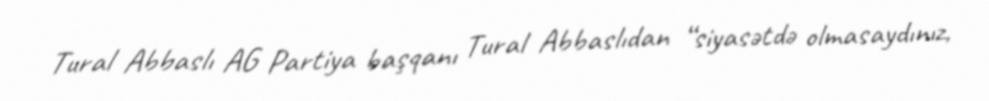
Tural Abbaslı AG Partiya başqanı Tural Abbaslıdan “siyasətdə olmasaydınız,